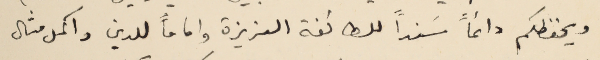
ويحفظكم دائماً سَنداً للطائفة العزيزة واماماً للدين واكمل مثال